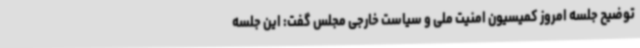
توضیح جلسه امروز کمیسیون امنیت ملی و سیاست خارجی مجلس گفت: این جلسه